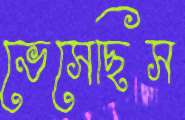
ভেসেছিস